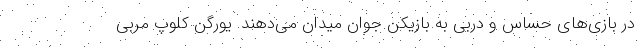
در بازی‌های حساس و دربی به بازیکن جوان میدان می‌دهند. یورگن کلوپ مربی